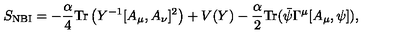
S _ { \mathrm { N B I } } = - \frac { \alpha } { 4 } \mathrm { T r } \left( Y ^ { - 1 } [ A _ { \mu } , A _ { \nu } ] ^ { 2 } \right) + V ( Y ) - \frac { \alpha } { 2 } \mathrm { T r } ( \bar { \psi } \Gamma ^ { \mu } [ A _ { \mu } , \psi ] ) ,